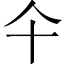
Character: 仐